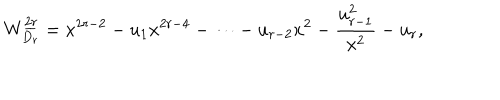
W _ { D _ { r } } ^ { \underline { { { 2 r } } } } = x ^ { 2 r - 2 } - u _ { 1 } x ^ { 2 r - 4 } - \cdots - u _ { r - 2 } x ^ { 2 } - { \frac { u _ { r - 1 } ^ { 2 } } { x ^ { 2 } } } - u _ { r } ,